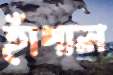
হাঁপাল